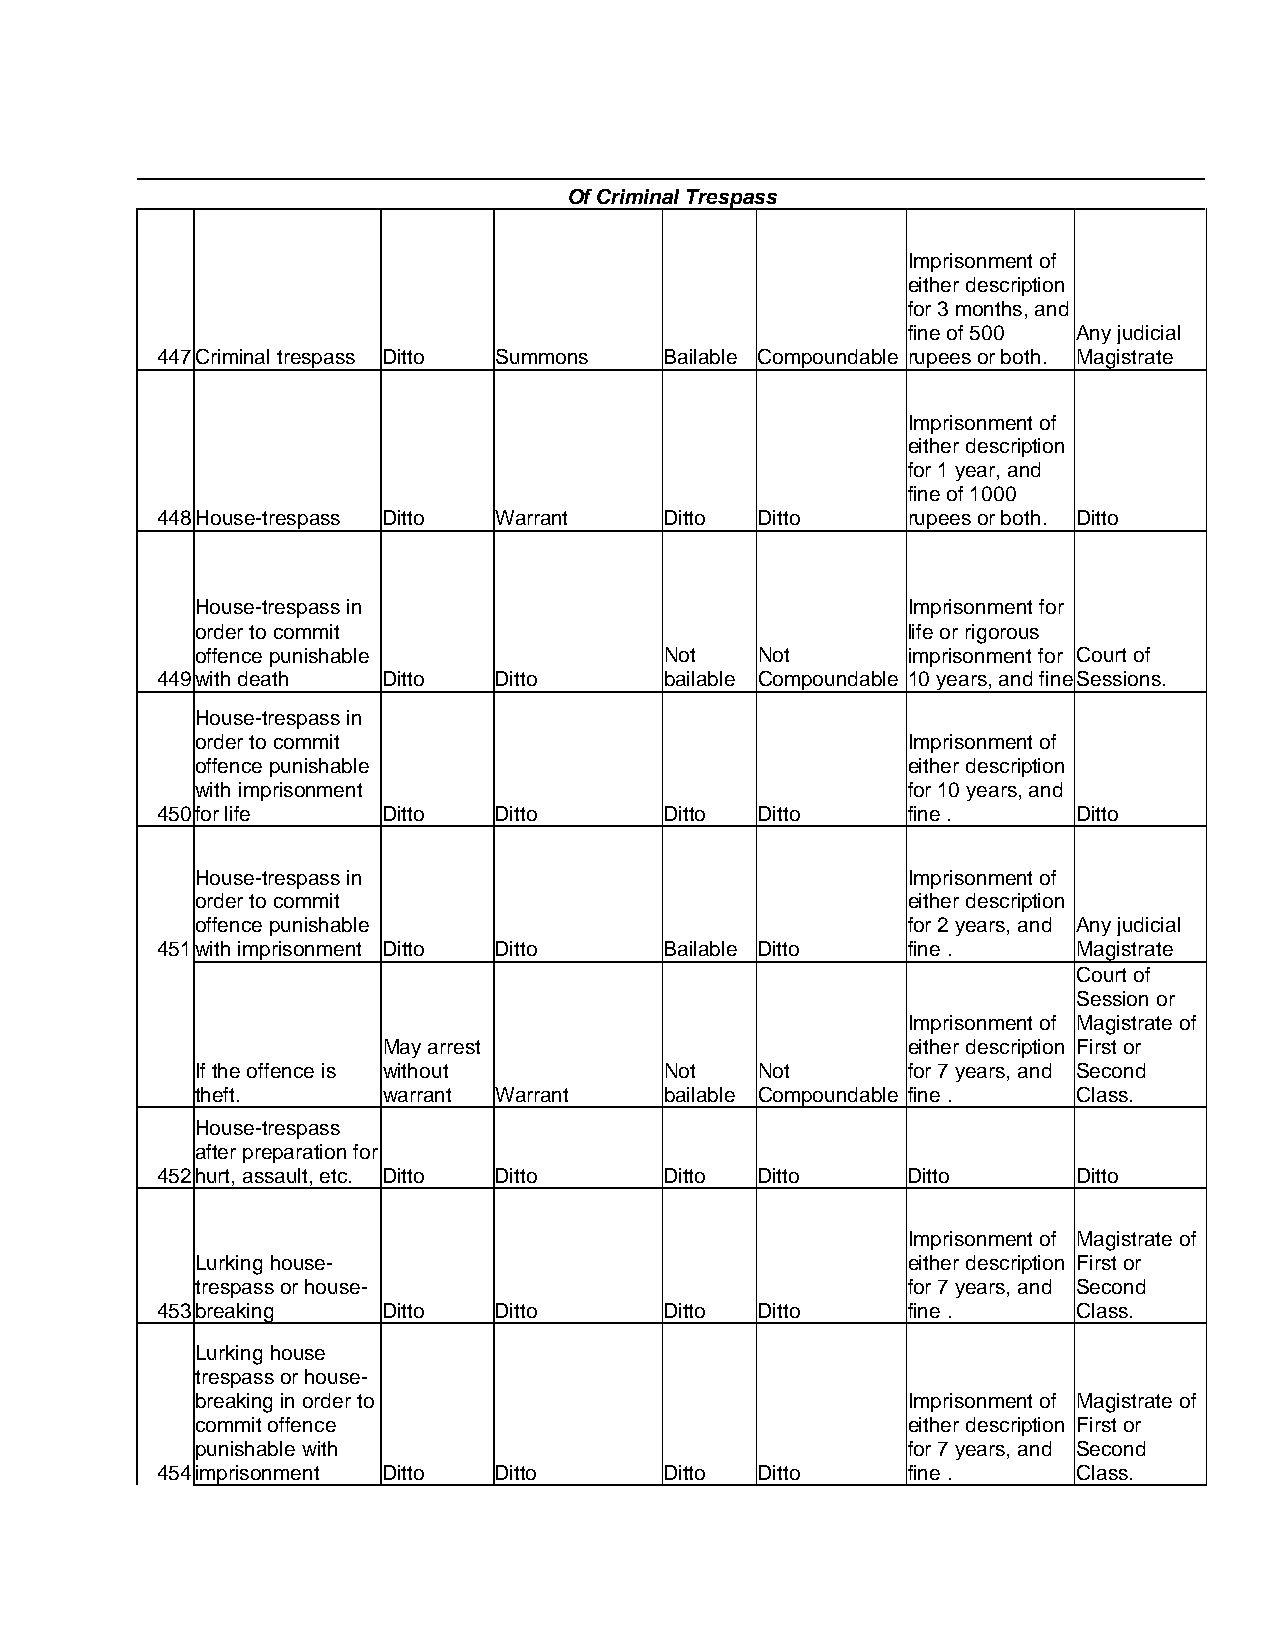
Of Criminal Trespass
 Imprisonment of
 either description
 for 3 months, and
 fine of 500 Any judicial
 447 Criminal trespass Ditto Summons Bailable Compoundable rupees or both. Magistrate
 Imprisonment of
 either description
 for 1 year, and
 fine of 1000
 448 House-trespass Ditto Warrant  Ditto Ditto     rupees or both. Ditto
 House-trespass in                              Imprisonment for
 order to commit                                life or rigorous
 offence punishable             Not   Not       imprisonment for Court of
 449 with death Ditto   Ditto      bailable Compoundable 10 years, and fineSessions.
 House-trespass in
 order to commit                                Imprisonment of
 offence punishable                             either description
 with imprisonment                              for 10 years, and
 450 for life   Ditto   Ditto      Ditto Ditto     fine .     Ditto
 House-trespass in                              Imprisonment of
 order to commit                                either description
 offence punishable                             for 2 years, and Any judicial
 451 with imprisonment Ditto Ditto Bailable Ditto  fine .     Magistrate
 Court of
 Session or
 Imprisonment of Magistrate of
 May arrest                         either description First or
 If the offence is without      Not   Not       for 7 years, and Second
 theft.      warrant Warrant    bailable Compoundable fine . Class.
 House-trespass
 after preparation for
 452 hurt, assault, etc. Ditto Ditto Ditto Ditto   Ditto      Ditto
 Imprisonment of Magistrate of
 Lurking house-                                 either description First or
 trespass or house-                             for 7 years, and Second
 453 breaking   Ditto   Ditto      Ditto Ditto     fine .     Class.
 Lurking house
 trespass or house-
 breaking in order to                           Imprisonment of Magistrate of
 commit offence                                 either description First or
 punishable with                                for 7 years, and Second
 454 imprisonment Ditto Ditto      Ditto Ditto     fine .     Class.